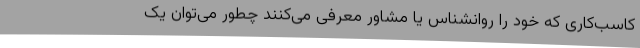
کاسب‌کاری که خود را روانشناس یا مشاور معرفی می‌کنند چطور می‌توان یک